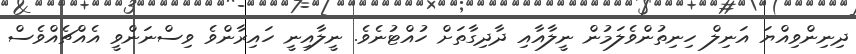
ދިނިންވިއްޔަ އަނިލް ހިނިތުންވެލަމުން ނީލާއާއި ދާދިގާތަށް ހުއްޓުނެވެ. ނީލާއިނީ ހައިރާންވެ ވިސްނަންވީ އެއްޗެއްވެސް